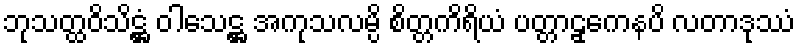
ဘုသတ္ထဝိသိဋ္ဌံ ဝါသေဋ္ဌ အကုသလမ္ပိ စိတ္တကိရိယံ ပတ္တာဠှကေနပိ လတာဒုဿံ